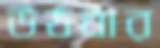
উঠবার